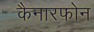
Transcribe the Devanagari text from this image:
कैनारफोन